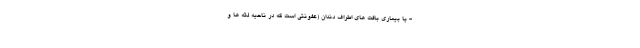
- یا بیماری بافت های اطراف دندان (عفونتی است که در ناحیه لثه ها و